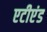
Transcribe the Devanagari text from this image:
एटीएंड